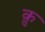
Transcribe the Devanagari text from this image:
कु़